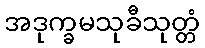
အဒုက္ခမသုခီသုတ္တံ